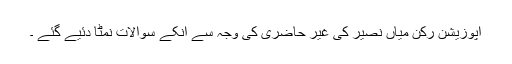
اپوزیشن رکن میاں نصیر کی غیر حاضری کی وجہ سے انکے سوالات نمٹا دئیے گئے ۔